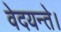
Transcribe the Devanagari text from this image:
वेदयन्ते।